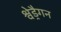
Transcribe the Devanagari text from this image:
श्वेड्रैगन